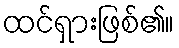
ထင်ရှားဖြစ်၏။